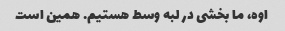
اوه، ما بخشی در لبه وسط هستیم. همین است